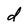
Character: d